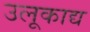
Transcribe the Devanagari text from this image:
उलूकाद्य